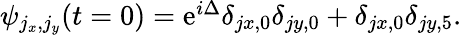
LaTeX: \begin{array}{r}{\psi_{j_{x},j_{y}}(t=0)=\mathrm e^{i\Delta}\delta_{jx,0}\delta_{jy,0}+\delta_{jx,0}\delta_{jy,5}.}\end{array}